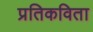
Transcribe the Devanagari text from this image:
प्रतिकविता